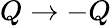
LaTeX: Q\rightarrow-Q